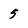
Character: 5